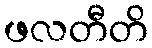
ဖလတီတိ